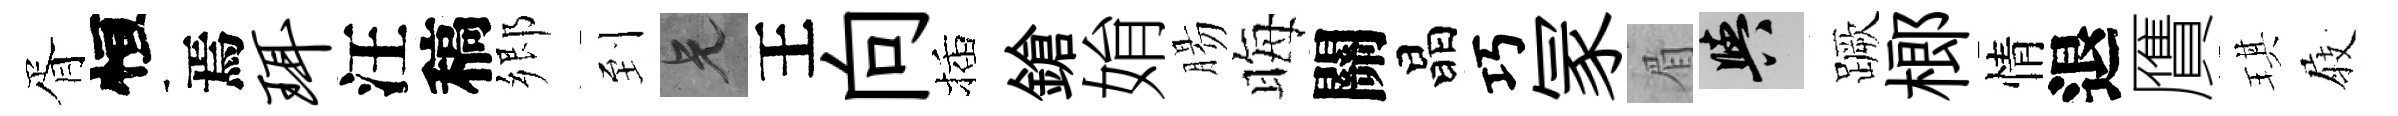
胥恒焉珥汪稿郷到兄王向插鎗姢腸晦關晶巧冡眉阳蹶榔情退贋琪𡲆